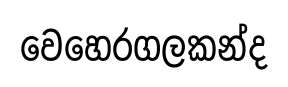
වෙහෙරගලකන්ද